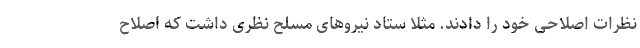
نظرات اصلاحی خود را دادند. مثلا ستاد نیروهای مسلح نظری داشت که اصلاح